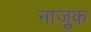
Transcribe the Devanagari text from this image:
नाजु़क